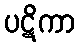
ပဋိကာ